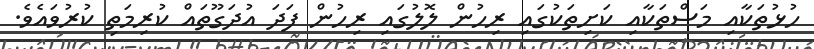
ހުޅުތަކާއި މަސްތަކާއި ކަށިތަކުގައި ރިހުން ލޮލުގައި ރިހުން ފަދަ އުދަގޫތައް ކުރިމަތި ކުރުވައެވެ.